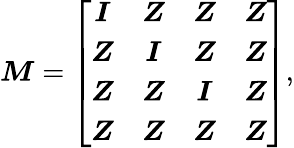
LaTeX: \boldsymbol{M}=\left[\begin{array}{cccc}{\boldsymbol{I}}&{\boldsymbol{Z}}&{\boldsymbol{Z}}&{\boldsymbol{Z}}\\ {\boldsymbol{Z}}&{\boldsymbol{I}}&{\boldsymbol{Z}}&{\boldsymbol{Z}}\\ {\boldsymbol{Z}}&{\boldsymbol{Z}}&{\boldsymbol{I}}&{\boldsymbol{Z}}\\ {\boldsymbol{Z}}&{\boldsymbol{Z}}&{\boldsymbol{Z}}&{\boldsymbol{Z}}\end{array}\right]\mathrm{,}